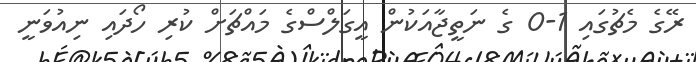
ރޭގެ މެޗުގައި 1-0 ގެ ނަތީޖާއަކުން އީގަލްސްގެ މައްޗަށް ކުރި ހޯދައި ނިއުވަނީ